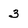
Character: 3